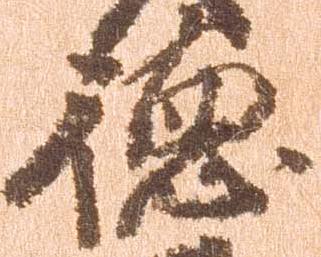
徳